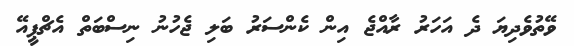
ވޭތުވެދިޔަ ދެ އަހަރު ރާއްޖެ އިން ކެންސަރު ބަލި ޖެހުނު ނިސްބަތް އެޗްޕީއޭ